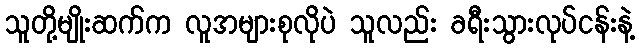
သူတို့မျိုးဆက်က လူအများစုလိုပဲ သူလည်း ခရီးသွားလုပ်ငန်းနဲ့